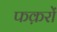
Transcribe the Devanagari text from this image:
फक़रों